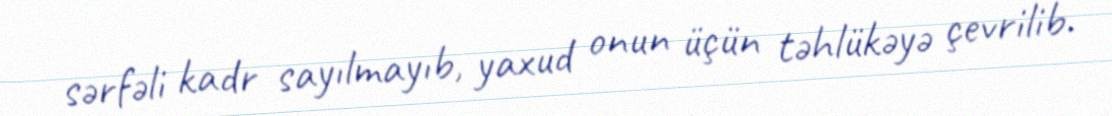
sərfəli kadr sayılmayıb, yaxud onun üçün təhlükəyə çevrilib.